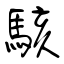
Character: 駭